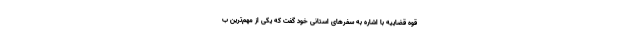
قوه قضاییه با اشاره به سفرهای استانی خود گفت که یکی از مهم‌ترین ب